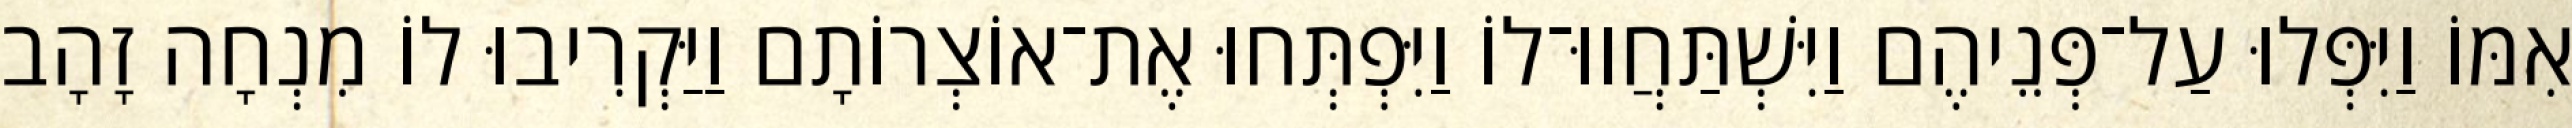
אִמּוֹ וַיִּפְּלוּ עַל־פְּנֵיהֶם וַיִּשְׁתַּחֲווּ־לוֹ וַיִּפְתְּחוּ אֶת־אוֹצְרוֹתָם וַיַּקְרִיבוּ לוֹ מִנְחָה זָהָב